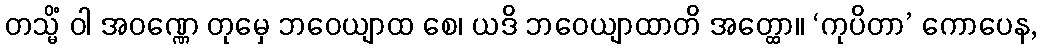
တသ္မိံ ဝါ အဝဏ္ဏေ တုမှေ ဘဝေယျာထ စေ၊ ယဒိ ဘဝေယျာထာတိ အတ္ထော။ ‘ကုပိတာ’ ကောပေန,